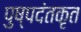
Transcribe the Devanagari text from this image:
पुष्पदंतकृत